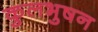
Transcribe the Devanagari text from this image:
कुलभुषन